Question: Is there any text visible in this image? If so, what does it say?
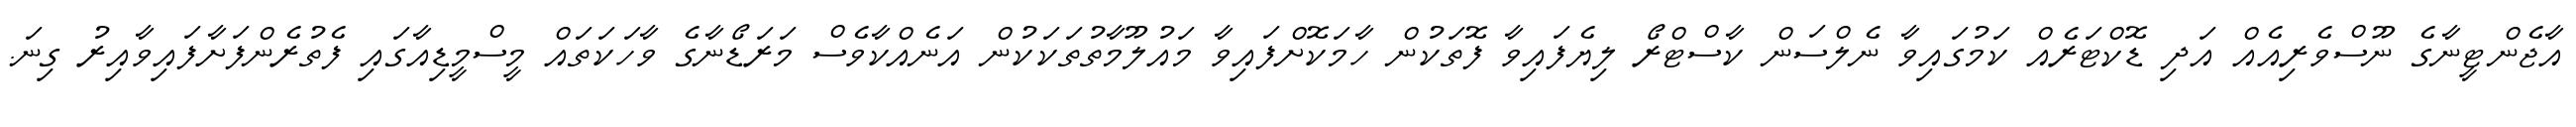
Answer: އާޖެންޓީނާގެ ނޫސްވެރިއެއް އަދި ޑޮކްޓަރެއް ކަމުގައިވާ ނެލްސަން ކާސްޓްރޯ ލިޔެފައިވާ ފޮތަކުން ހާމަކޮށްފައިވާ މައުލޫމާތުތަކަކުން އަނެއްކާވެސް މަރަޑޯނާގެ ވާހަކަތައް މީސްމީޑިއާގައި ފެތުރެންފަށާފައިވާއިރު ގިނަ.